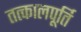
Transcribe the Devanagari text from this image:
तत्कालपूर्ति